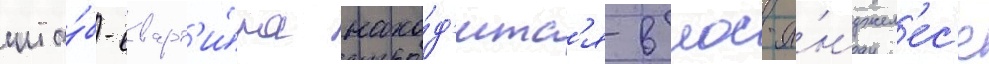
шта́б-кварт'и́ра нахо́д'итс'я в лос-а́нджел'ес'е